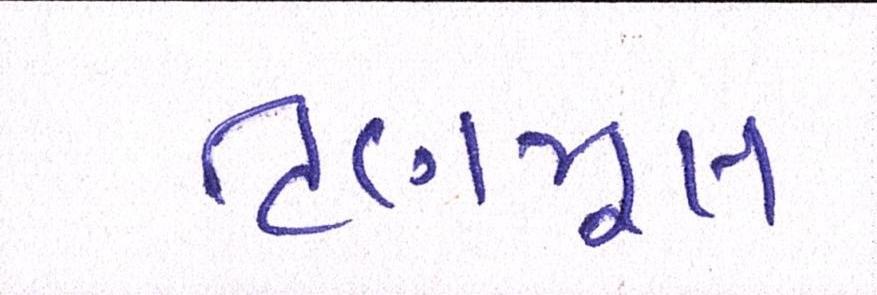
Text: તૃણમૂલ